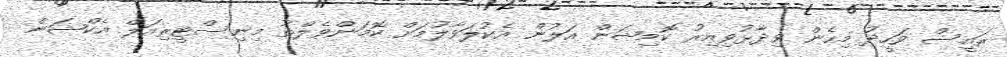
ރައީސް ވަހީދު މިހެން ވިދާޅުވިއިރު ކޮމިޝަން އަލުން އެކުލަވާލުމަށް ކޮމަންވެލްތު މިނިސްޓީރިއަލް އެކްޝަން